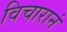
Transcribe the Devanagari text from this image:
विचारानं